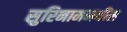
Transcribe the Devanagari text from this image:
सुरिनाममधील